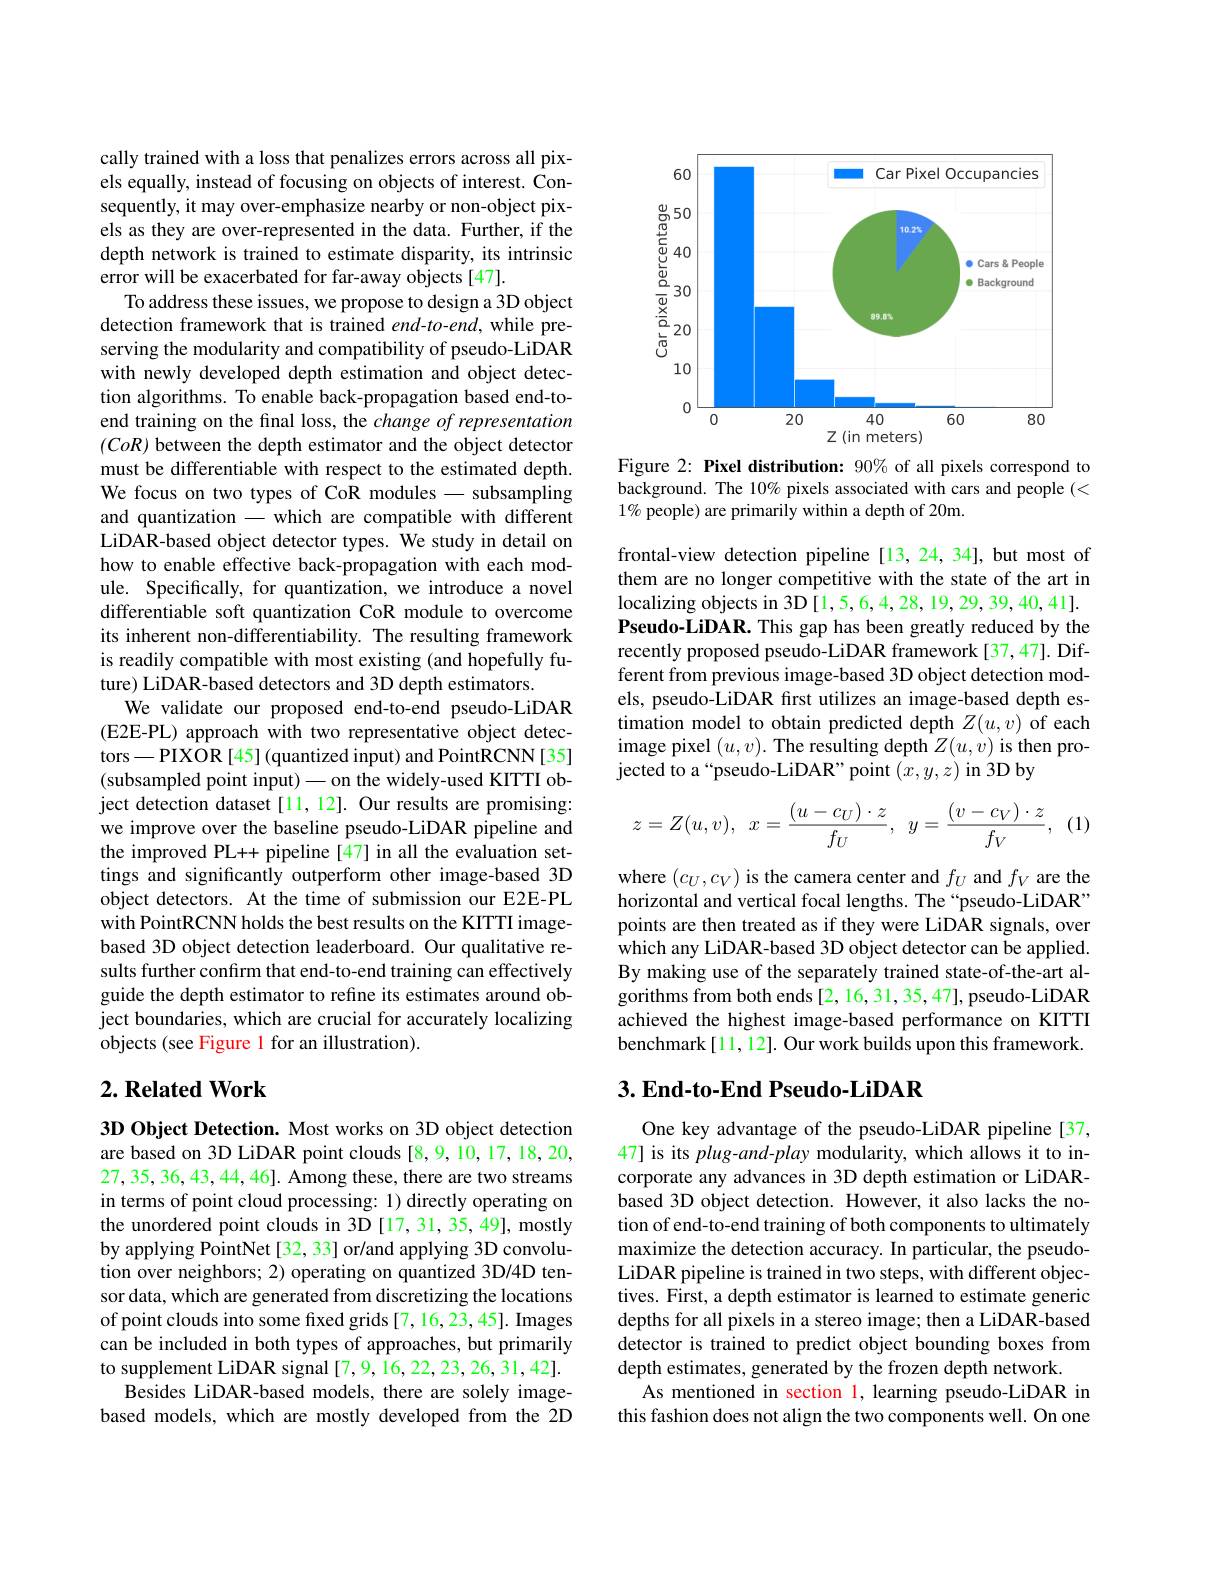
cally trained with a loss that penalizes errors across all pixels equally, instead of focusing on objects of interest. Consequently, it may over-emphasize nearby or non-object pixels as they are over-represented in the data. Further, if the depth network is trained to estimate disparity, its intrinsic error will be exacerbated for far-away objects[47].
To address these issues, we propose to design a 3D object detection framework that is trained end-to-end, while preserving the modularity and compatibility of pseudo-LiDAR with newly developed depth estimation and object detection algorithms. To enable back-propagation based end-toend training on the final loss, the change of representation $(CoR)$ between the depth estimator and the object detector must be differentiable with respect to the estimated depth. We focus on two types of CoR modules - subsampling and quantization - which are compatible with different LiDAR-based object detector types. We study in detail on how to enable effective back-propagation with each module. Specifically, for quantization, we introduce a novel differentiable soft quantization CoR module to overcome its inherent non-differentiability. The resulting framework is readily compatible with most existing (and hopefully future) LiDAR-based detectors and 3D depth estimators.
We validate our proposed end-to-end pseudo-LiDAR (E2E-PL) approach with two representative object detectors-PIXOR[45](quantized input) and PointRCNN[35] (subsampled point input) - on the widely-used KITTI object detection dataset[11,12]. Our results are promising: we improve over the baseline pseudo-LiDAR pipeline and the improved PL++ pipeline [47] in all the evaluation settings and significantly outperform other image-based 3D object detectors. At the time of submission our E2E-PL with PointRCNN holds the best results on the KITTI imagebased 3D object detection leaderboard. Our qualitative results further confirm that end-to-end training can effectively guide the depth estimator to refine its estimates around object boundaries, which are crucial for accurately localizing objects (see Figure 1 for an illustration).

## $2. \textbf{Related Work}$

$3\mathbf{D}$ Object Detection. Most works on 3D object detection are based on 3D LiDAR point clouds [8,9,10,17,18,20, 27,35,36,43,44,46]. Among these, there are two streams in terms of point cloud processing: 1) directly operating on the unordered point clouds in 3D [17,31,35,49], mostly by applying PointNet [32, 33] or/and applying 3D convolution over neighbors; 2) operating on quantized 3D/4D tensor data, which are generated from discretizing the locations of point clouds into some fixed grids [7,16,23,45]. Images can be included in both types of approaches, but primarily to supplement LiDAR signal [7,9,16,22,23,26,31,42].
Besides LiDAR-based models, there are solely imagebased models, which are mostly developed from the 2D

<FigureHere>

Figure 2: Pixel distribution: 90% of all pixels correspond to background. The 10% pixels associated with cars and people (< $1\%$ people) are primarily within a depth of 20m.

frontal-view detection pipeline [13,24,34], but most of them are no longer competitive with the state of the art in localizing objects in 3D [1,5,6,4,28,19,29,39,40,41]. Pseudo-LiDAR. This gap has been greatly reduced by the recently proposed pseudo-LiDAR framework[37,47]. Different from previous image-based 3D object detection models, pseudo-LiDAR first utilizes an image-based depth estimation model to obtain predicted depth $Z(u,v)$ of each image pixel $(u,v).$ The resulting depth $Z(u,v)$ is then projected to a“pseudo-LiDAR” point $(x,y,z)$ in 3D by
$$z=Z(u,v),\:x=\frac{(u-c_U)\cdot z}{f_U},\:y=\frac{(v-c_V)\cdot z}{f_V},\:(1)$$
where $(c_U,c_V)$ is the camera center and $f_U$ and $f_V$ are the horizontal and vertical focal lengths. The“pseudo-LiDAR” points are then treated as if they were LiDAR signals, over which any LiDAR-based 3D object detector can be applied. By making use of the separately trained state-of-the-art algorithms from both ends [2, 16, 31, 35, 47], pseudo-LiDAR achieved the highest image-based performance on KITTI benchmark[11,12]. Our work builds upon this framework.

## 3. End-to-End Pseudo-LiDAR

One key advantage of the pseudo-LiDAR pipeline [37, 47] is its plug-and-play modularity, which allows it to incorporate any advances in 3D depth estimation or LiDARbased 3D object detection. However, it also lacks the notion of end-to-end training of both components to ultimately maximize the detection accuracy. In particular, the pseudoLiDAR pipeline is trained in two steps, with different objectives. First, a depth estimator is learned to estimate generic depths for all pixels in a stereo image; then a LiDAR-based detector is trained to predict object bounding boxes from depth estimates, generated by the frozen depth network.
As mentioned in section l, learning pseudo-LiDAR in this fashion does not align the two components well. On one